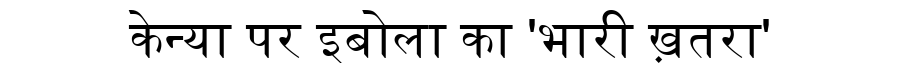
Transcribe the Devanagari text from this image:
केन्या पर इबोला का 'भारी ख़तरा'